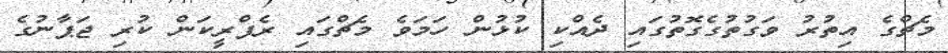
މެޗްގެ އިތުރު ވަގުތުގެގޮތުގައި ދެއްކި ކުޅުން ހަމަވެ މެޗްގައި ރެފްރީކަން ކުރި ޖަޕާނުގެ